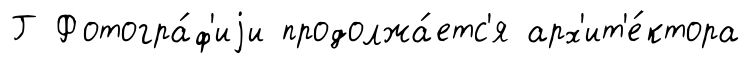
Г Фотогра́ф'иjи продолжа́етс'я арх'ит'е́ктора